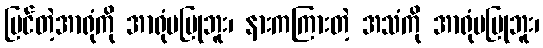
မြင်တဲ့အာရုံကို အာရုံမပြုဘူး၊ နားကကြားတဲ့ အသံကို အာရုံမပြုဘူး၊